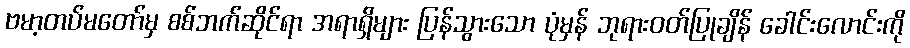
ဗမာ့တပ်မတော်မှ စစ်ဘက်ဆိုင်ရာ အရာရှိများ ပြန်သွားသော ပုံမှန် ဘုရားဝတ်ပြုချိန် ခေါင်းလောင်းကို